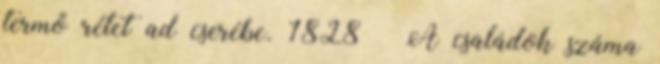
termő rétet ad cserébe. 1828 – A családok száma